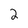
Character: 2